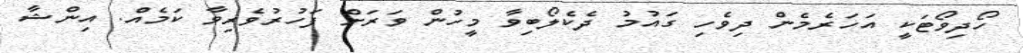
ހޯދިވޯޓަކީ އަހަރެމެން ދިވެހި ގައުމު ދެކެލޯބިވާ މީހުން ވަރަށް ފަހުރުވެރިވާ ކަމެއް. އިންޝާ